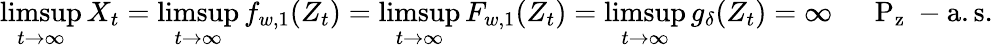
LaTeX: \operatorname*{limsup}_{t\to\infty}X_{t}=\operatorname*{limsup}_{t\to\infty}f_{w,1}(Z_{t})=\operatorname*{limsup}_{t\to\infty}F_{w,1}(Z_{t})=\operatorname*{limsup}_{t\to\infty}g_{\delta}(Z_{t})=\infty\quad\mathrm{~\mathbb~P_z~-a.s.}